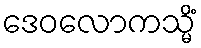
ဒေဝလောကသ္မိံ